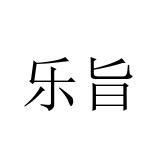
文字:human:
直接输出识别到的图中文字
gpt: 乐旨